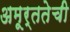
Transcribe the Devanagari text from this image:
अमूर्ततेची